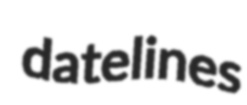
datelines